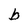
Character: b